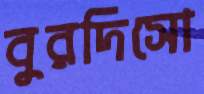
বুরদিসো